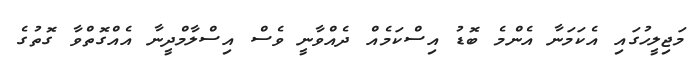
މަޖިލީހުގައި އެކަމަނާ އެންމެ ބޮޑު އިސްކަމެއް ދެއްވާނީ ވެސް އިސްލާމްދީނާ އެއްގޮތްވާ ގޮތުގެ